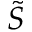
\Tilde { S }